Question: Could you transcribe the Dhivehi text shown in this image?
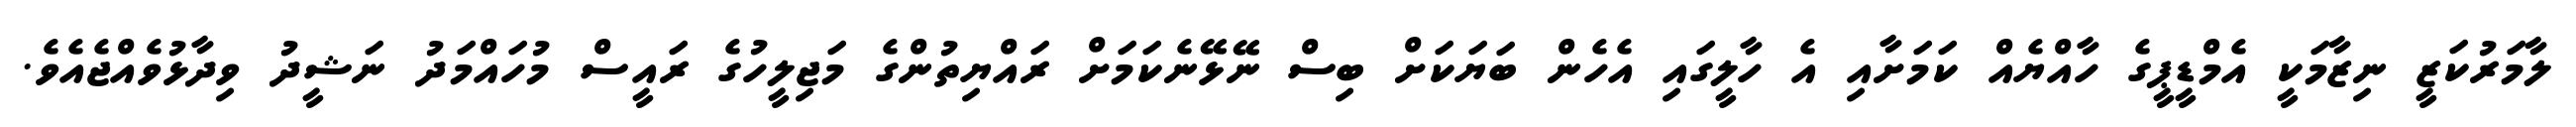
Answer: ލާމަރުކަޒީ ނިޒާމަކީ އެމްޑީޕީގެ ހާއްޔެއް ކަމަށާއި އެ ހާލީގައި އެހެން ބަޔަކަށް ބިސް ނޭޅޭނެކަމަށް ރައްޔިތުންގެ މަޖިލީހުގެ ރައީސް މުހައްމަދު ނަޝީދު ވިދާޅުވެއްޖެއެވެ.